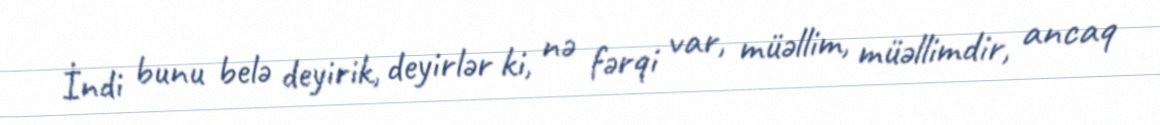
İndi bunu belə deyirik, deyirlər ki, nə fərqi var, müəllim, müəllimdir, ancaq